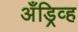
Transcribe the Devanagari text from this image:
अँड्रिव्ह